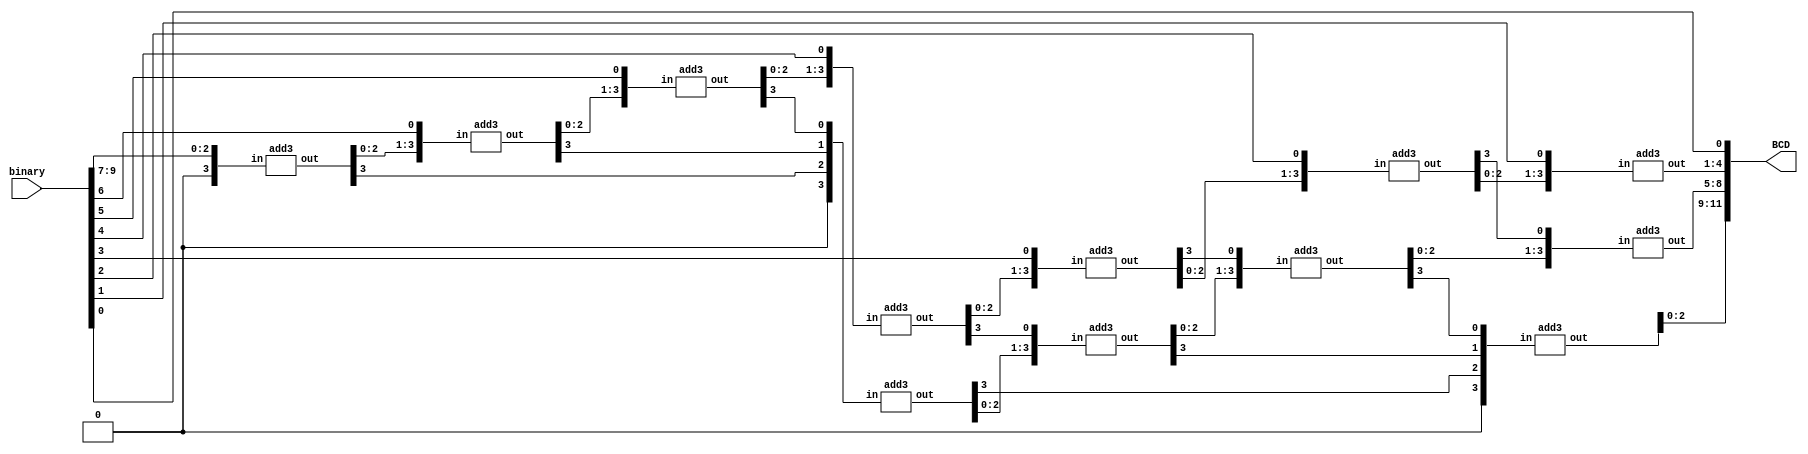
`timescale 1ns / 1ps
//////////////////////////////////////////////////////////////////////////////////
// Company: 
// 
// Design Name: 
// Module Name:    binary_to_bcd 
// Project Name: 
// Target Devices: 
// Tool versions: 
// Description: 
//
// Dependencies: 
//
// Revision: 
// Revision 0.01 - File Created
// Additional Comments: 
//
//////////////////////////////////////////////////////////////////////////////////
module binary_to_bcd(
							BCD,
							binary
						);
 
	input [9:0] binary;
	output [11:0] BCD;
 
	wire a0,a1,a2,a3;
	wire b0,b1,b2,b3;
	wire c0,c1,c2,c3;
	wire d0,d1,d2,d3,d4,d5,d6,d7;
	wire e0,e1,e2,e3,e4,e5,e6,e7;
	wire f0,f1,f2,f3,f4,f5,f6,f7;
	
	wire BCD_temp; //dummy
 
	assign BCD[0] = binary[0];
	
	add3 u1({a3,a2,a1,a0},{1'b0,binary[9],binary[8],binary[7]});
	add3 u2({b3,b2,b1,b0},{a2,a1,a0,binary[6]});
	add3 u3({c3,c2,c1,c0},{b2,b1,b0,binary[5]});
	add3 u4({d3,d2,d1,d0},{c2,c1,c0,binary[4]});
	add3 u5({e3,e2,e1,e0},{d2,d1,d0,binary[3]});
	add3 u6({f3,f2,f1,f0},{e2,e1,e0,binary[2]});
	add3 u7({BCD[4],BCD[3],BCD[2],BCD[1]},{f2,f1,f0,binary[1]});
	add3 u8({d7,d6,d5,d4},{1'b0,a3,b3,c3});
	add3 u9({e7,e6,e5,e4},{d6,d5,d4,d3});
	add3 u10({f7,f6,f5,f4},{e6,e5,e4,e3});
	add3 u11({BCD[8],BCD[7],BCD[6],BCD[5]},{f6,f5,f4,f3});
	add3 u12({BCD_temp,BCD[11],BCD[10],BCD[9]},{1'b0,d7,e7,f7});
	
endmodule
 
module add3(out,in);
 
	input [3:0] in;
	output reg [3:0] out;
 
	always @(in) 
	begin
		if(in > 4'd4) out <= in + 4'd3;
		else out <= in;
	end
	
endmodule